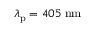
\lambda _ { \mathrm { p } } = 4 0 5 \; \mathrm { n m }